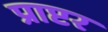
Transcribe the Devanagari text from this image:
प्राप्टर